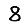
Digit: 8